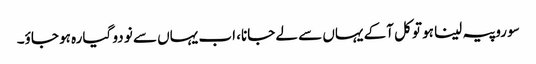
سو روپیہ لینا ہو تو کل آکے یہاں سے لے جانا، اب یہاں سے نو دو گیارہ ہو جاؤ۔